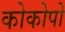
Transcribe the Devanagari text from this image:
कोकोपो